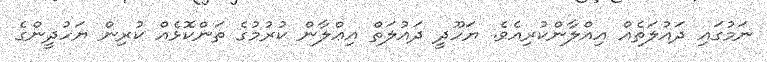
ނަމުގައި ދައުލަތެއް އިއްލާންކުރިއެވެ. ޔަހޫދީ ދައުލަތް އިޢްލާން ކުރުމުގެ ތަންކޮޅެއް ކުރިން ޔަހުދީންގެ